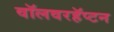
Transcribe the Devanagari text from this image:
वॉलवरहॅप्टन